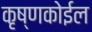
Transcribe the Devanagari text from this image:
कृष्णकोईल